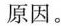
原因。